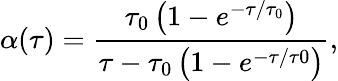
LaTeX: \alpha(\tau)=\frac{\tau_{0}\left(1-e^{-\tau/\tau_{0}}\right)}{\tau-\tau_{0}\left(1-e^{-\tau/\tau 0}\right)},